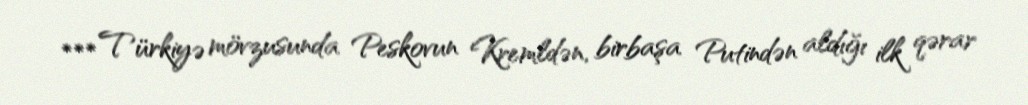
*** Türkiyə mövzusunda Peskovun Kremldən, birbaşa Putindən aldığı ilk qərar